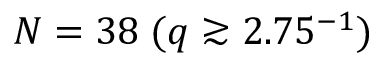
N = 3 8 \; ( q \gtrsim 2 . 7 5 \AA ^ { - 1 } )